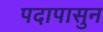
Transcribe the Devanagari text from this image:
पदापासुन